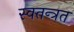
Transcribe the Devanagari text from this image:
स्वतन्त्रत